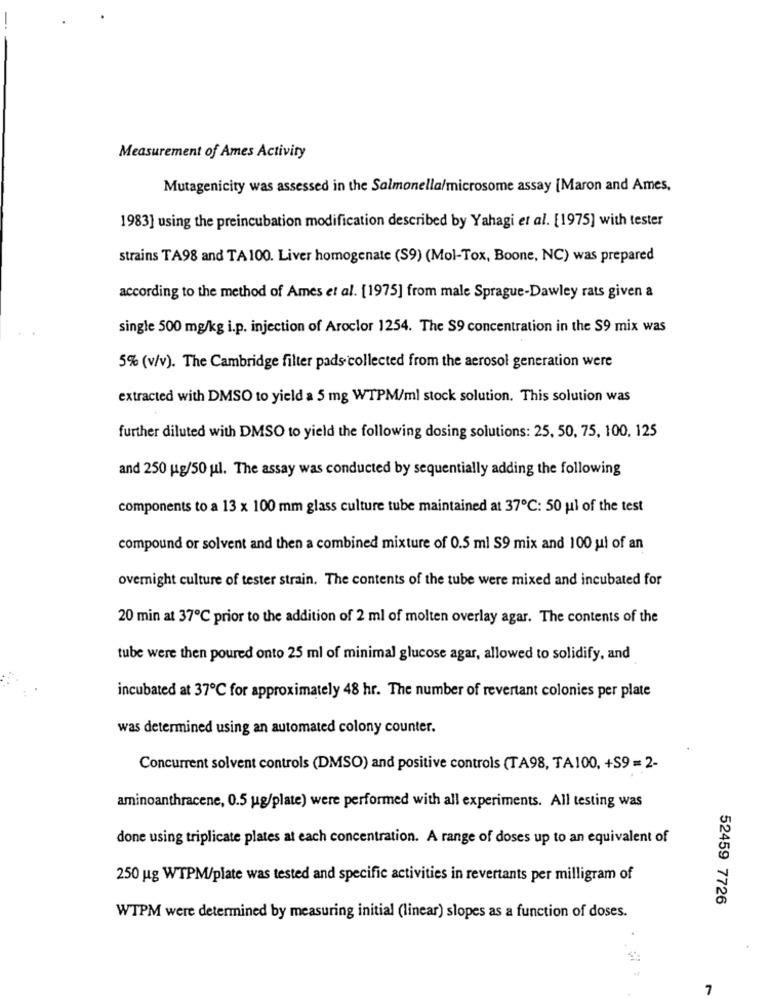
Measurement of Ames Activity
Mutagenicity was assessed in the Salmonella/microsome assay [Maron and Ames,
1983] using the preincubation modification described by Yahagi et al. [1975] with tester
strains TA98 and TA 100. Liver homogenate (S9) (Mol-Tox, Boone, NC) was prepared
according to the method of Ames et al. [1975] from male Sprague-Dawley rats given a
single 500 mg/kg i.p. injection of Aroclor 1254. The S9 concentration in the S9 mix was
5% (v/v). The Cambridge filter pads collected from the aerosol generation were
extracted with DMSO to yield a 5 mg WTPM/ml stock solution. This solution was
further diluted with DMSO to yield the following dosing solutions: 25, 50, 75, 100, 125
and 250 ug/50 ul. The assay was conducted by sequentially adding the following
components to a 13 x 100 mm glass culture tube maintained at 37℃: 50 ul of the test
compound or solvent and then a combined mixture of 0.5 ml S9 mix and 100 ul of an
overnight culture of tester strain. The contents of the tube were mixed and incubated for
20 min at 37℃ prior to the addition of 2 ml of molten overlay agar. The contents of the
tube were then poured onto 25 ml of minimal glucose agar, allowed to solidify, and
incubated at 37℃ for approximately 48 hr. The number of revertant colonies per plate
was determined using an automated colony counter.
Concurrent solvent controls (DMSO) and positive controls (TA98, TA100, +S9 =2-
aminoanthracene, 0.5 ug/plate) were performed with all experiments. All testing was
done using triplicate plates at each concentration. A range of doses up to an equivalent of
250 ug WTPM/plate was tested and specific activities in revertants per milligram of
52459 7726
WTPM were determined by measuring initial (linear) slopes as a function of doses.
7